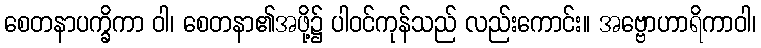
စေတနာပက္ခိကာ ဝါ၊ စေတနာ၏အဖို့၌ ပါဝင်ကုန်သည် လည်းကောင်း။ အဗ္ဗောဟာရိကာဝါ၊